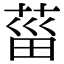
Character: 菑